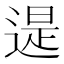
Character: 遈